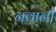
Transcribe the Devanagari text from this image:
नवानी